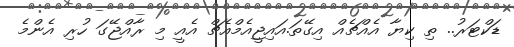
ޑަކްޓަރު.. ތި ކިޔާ އެއްޗެއް އިގޭތަ.އައިޖީއެމްއެޗް އެއީ މި ރާއްޖޭގަ ހުރި އެންމެ